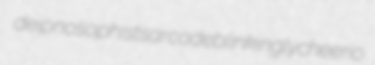
deipnosophist sarcode blinkingly cheerio